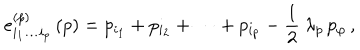
LaTeX: e _ { i _ { 1 } \ldots i _ { p } } ^ { ( p ) } \, ( p ) = p _ { i _ { 1 } } + p _ { i _ { 2 } } + \cdots + p _ { i _ { p } } - \frac { 1 } { 2 } \ \lambda _ { p } \, p _ { \varphi } \, ,